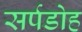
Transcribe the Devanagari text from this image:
सर्पडोह